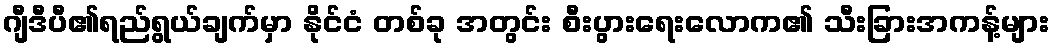
ဂျီဒီပီ၏ရည်ရွယ်ချက်မှာ နိုင်ငံ တစ်ခု အတွင်း စီးပွားရေးလောက၏ သီးခြားအကန့်များ